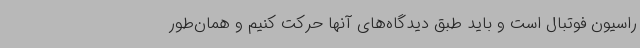
راسیون فوتبال است و باید طبق دیدگاه‌های آنها حرکت کنیم و همان‌طور